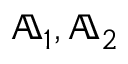
{ \mathbb { A } } _ { 1 } , { \mathbb { A } } _ { 2 }